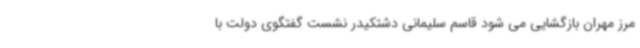
مرز مهران بازگشایی می شود قاسم سلیمانی دشتکیدر نشست گفتگوی دولت با